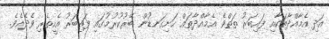
އަދި އެމާއްދާތަކާއި ފައިބަރު ތަތްވެ އެމާއްދާތައް ހަށިގަނޑުން ބޭރުކުރުމުގައި ފައިބަރު އެހީތެރި ވެދެއެވެ.